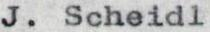
J. Scheidl